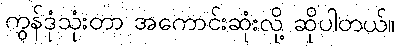
ကွန်ဒုံသုံးတာ အကောင်းဆုံးလို့ ဆိုပါတယ်။